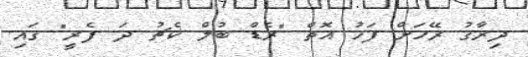
ދިރާގު ރޭހަށް ފަހު އޮތް "ރެޑް ބުލް ކެޗު ދަ ފެރީ" ގައި